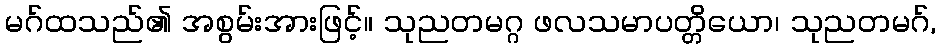
မဂ်ထသည်၏ အစွမ်းအားဖြင့်။ သုညတမဂ္ဂ ဖလသမာပတ္တိယော၊ သုညတမဂ်,